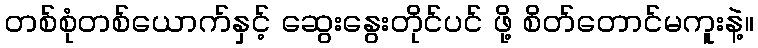
တစ်စုံတစ်ယောက်နှင့် ဆွေးနွေးတိုင်ပင် ဖို့ စိတ်တောင်မကူးနဲ့။